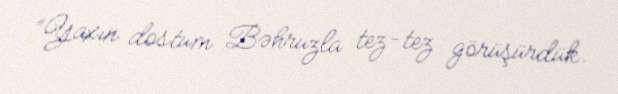
“Yaxın dostum Bəhruzla tez-tez görüşürdük.